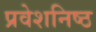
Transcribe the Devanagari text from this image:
प्रवेशनिष्ठ